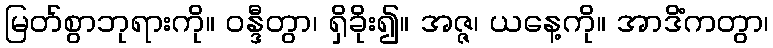
မြတ်စွာဘုရားကို။ ဝန္ဒီတွာ၊ ရှိခိုး၍။ အဇ္ဇ၊ ယနေ့ကို။ အာဒိံကတွာ၊